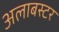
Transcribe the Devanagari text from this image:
अलाबस्टर